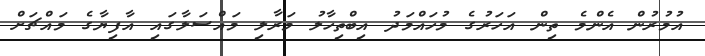
އުމުރުން އެންމެ ތިން އަހަރުގެ މުހައްމަދު އިބްތިހާލު މަރާލި މައްސަލާގައި އާފިޔާގެ މައްޗަށް